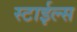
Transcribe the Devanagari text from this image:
स्टाईल्स